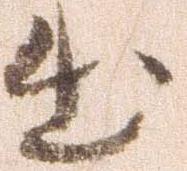
出